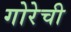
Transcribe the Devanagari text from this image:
गोरेची